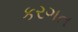
કરગત